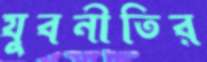
যুবনীতির